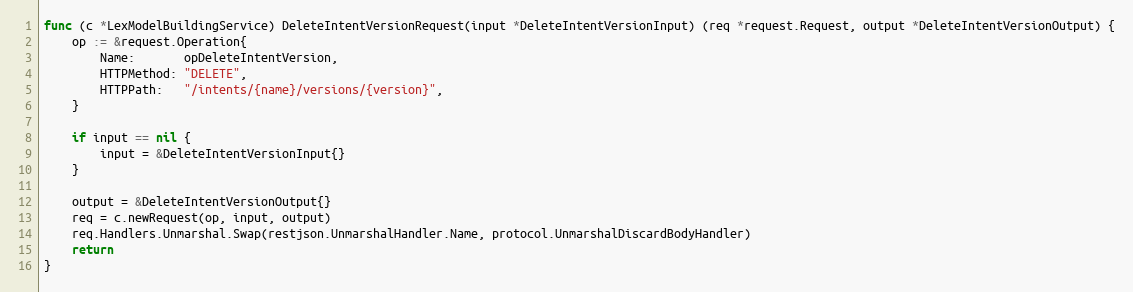
Language: Go
func (c *LexModelBuildingService) DeleteIntentVersionRequest(input *DeleteIntentVersionInput) (req *request.Request, output *DeleteIntentVersionOutput) {
	op := &request.Operation{
		Name:       opDeleteIntentVersion,
		HTTPMethod: "DELETE",
		HTTPPath:   "/intents/{name}/versions/{version}",
	}

	if input == nil {
		input = &DeleteIntentVersionInput{}
	}

	output = &DeleteIntentVersionOutput{}
	req = c.newRequest(op, input, output)
	req.Handlers.Unmarshal.Swap(restjson.UnmarshalHandler.Name, protocol.UnmarshalDiscardBodyHandler)
	return
}